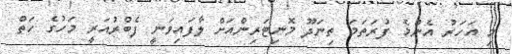
މި އަހަރު އެންމެ ފުރަތަމަ ތިނަދޫ މޮނިޓަރިންއަށް ލާފައިވަނީ ފެބްރުއަރީ މަހުގެ ހަތް